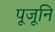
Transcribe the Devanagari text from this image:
पूजूनि